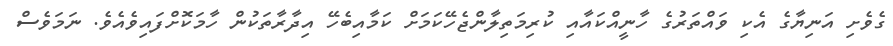
ގެވެށި އަނިޔާގެ އެކި ވައްތަރުގެ ހާނީއްކައާއި ކުރިމަތިލާންޖެހޭކަމަށް ކަމާއިބެހޭ އިދާރާތަކުން ހާމަކޮށްފައިވެއެވެ. ނަމަވެސް